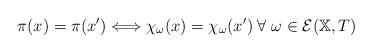
LaTeX: \begin{align*} \pi (x)= \pi (x') \Longleftrightarrow \chi _\omega (x)=\chi _\omega (x') \; \forall \; \omega \in \mathcal{E}(\mathbb{X},T)\end{align*}